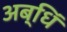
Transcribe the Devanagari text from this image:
अब्धिं